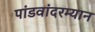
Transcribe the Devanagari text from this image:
पांडवांदरम्यान